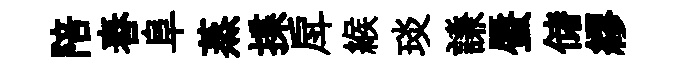
陪舂阜蒸揲戽緱琰謙蜃储繆